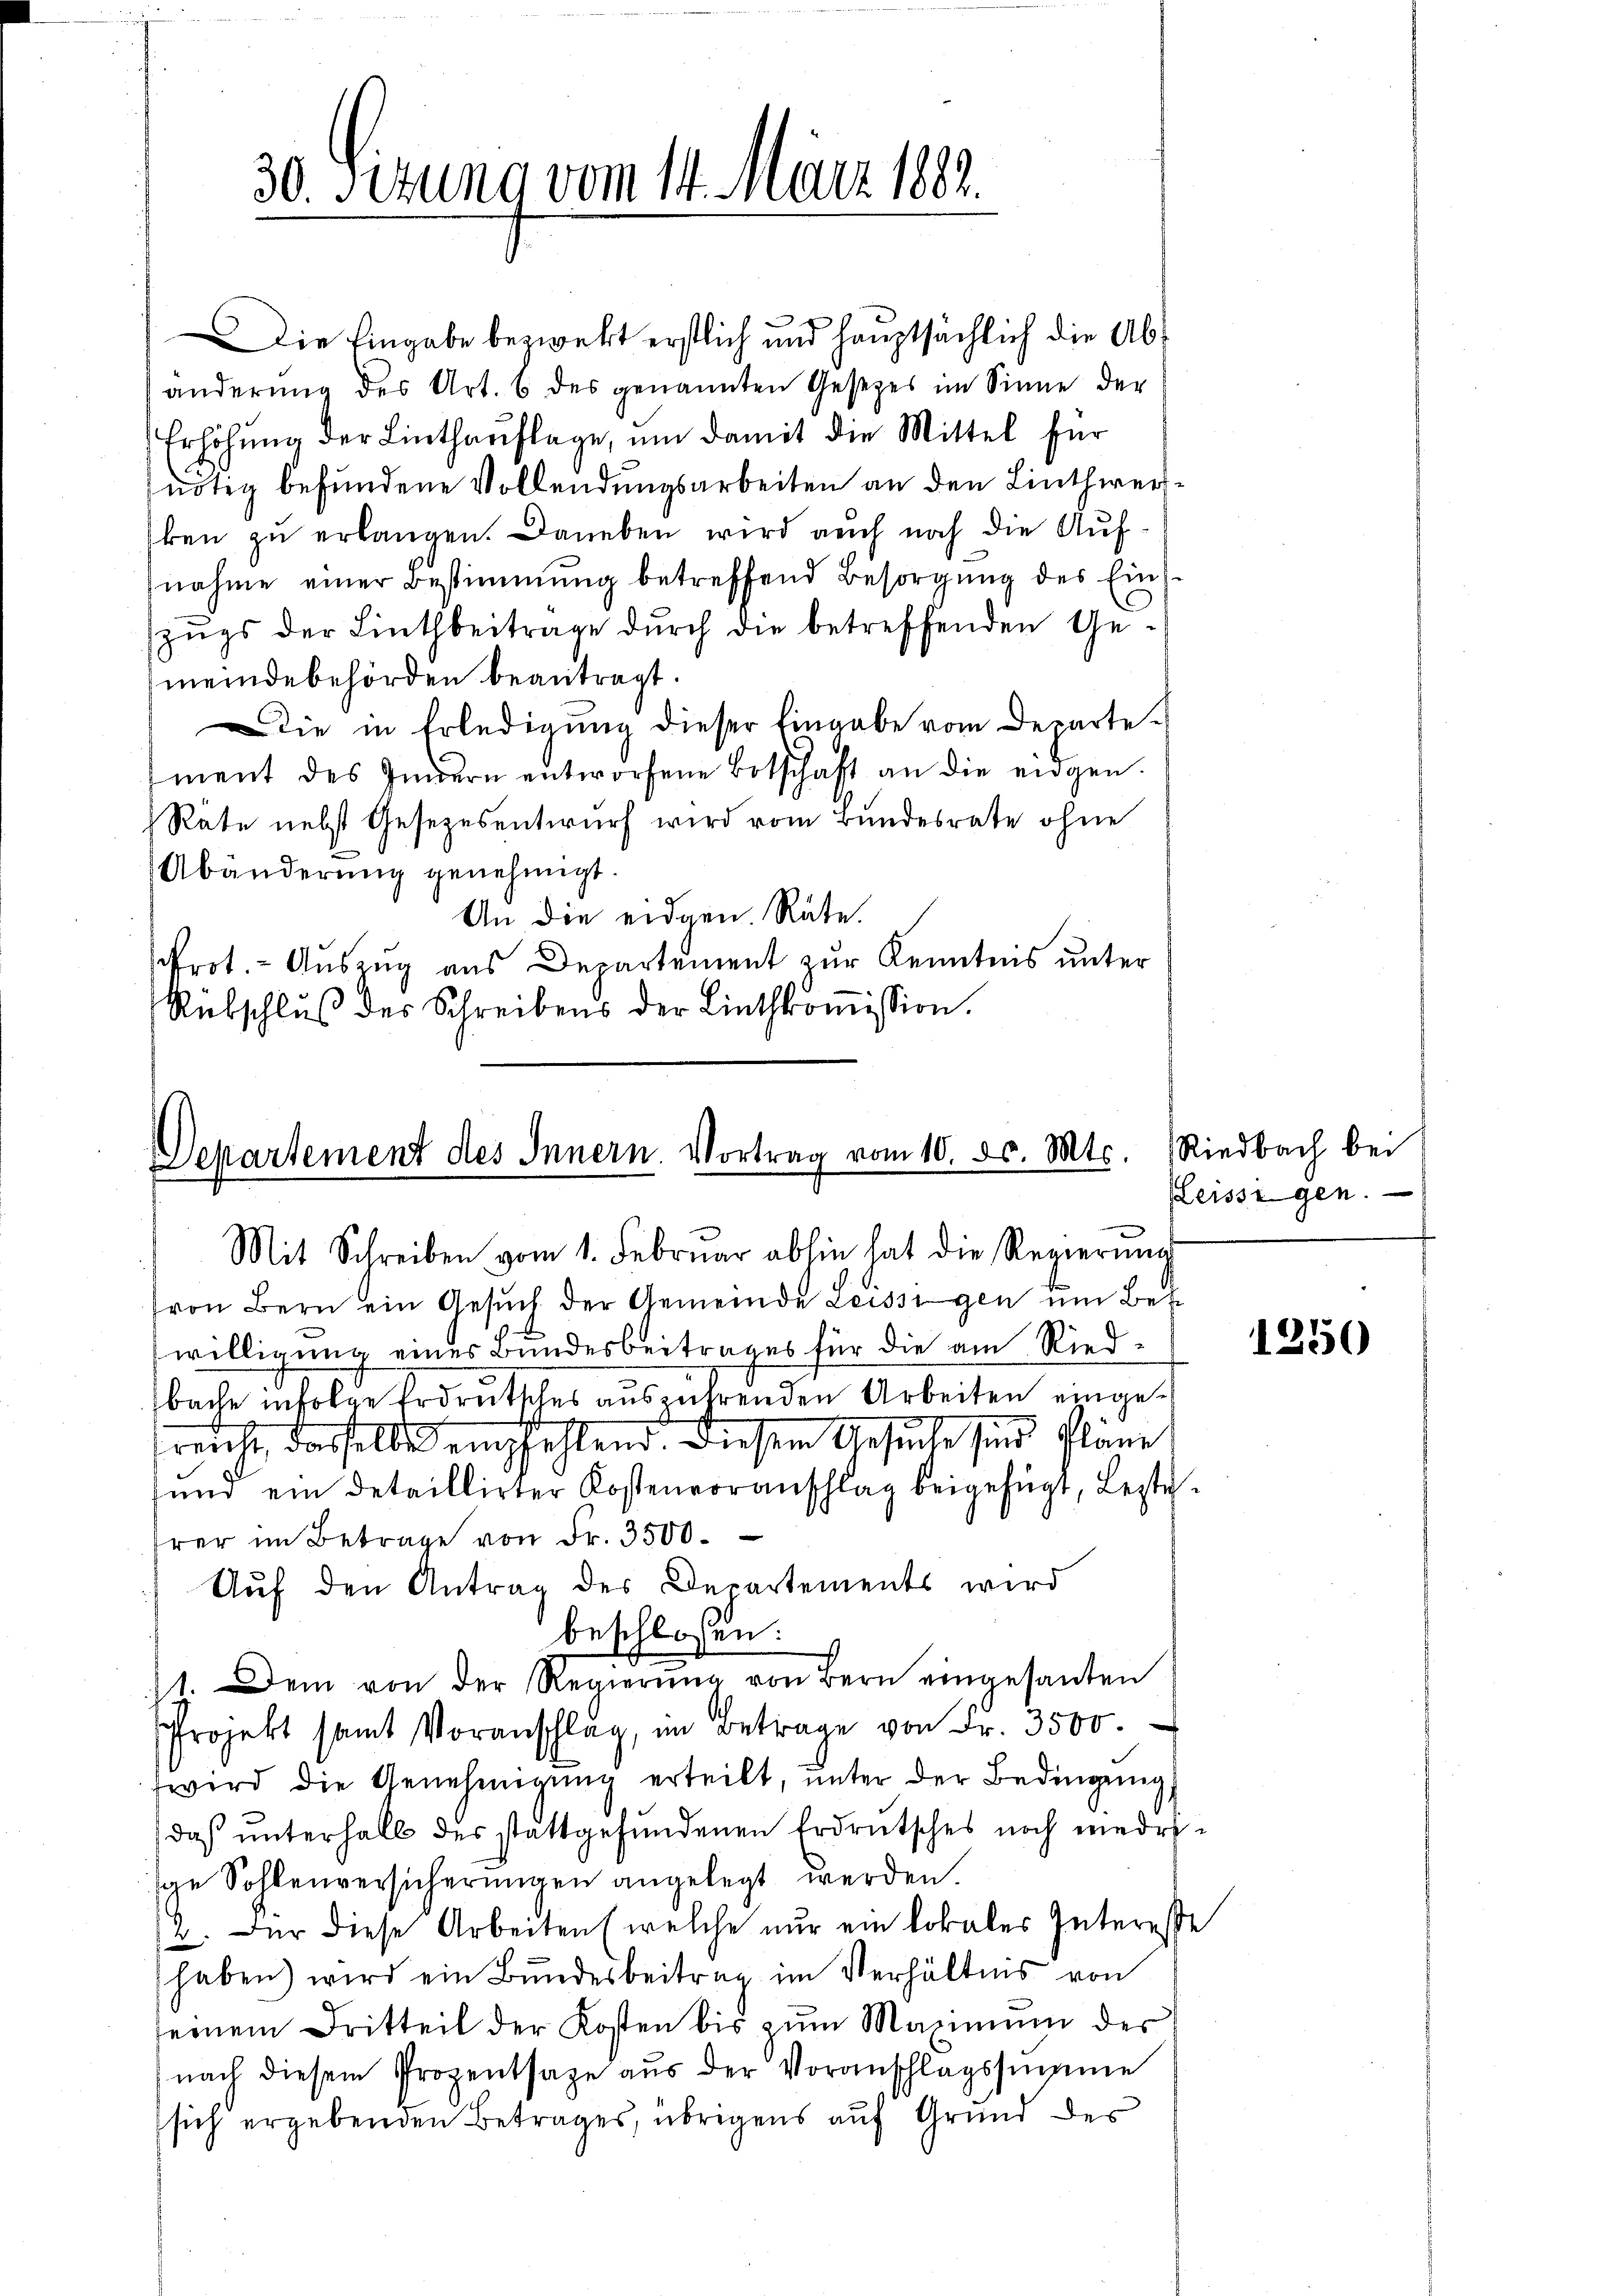
30. Sizung vom 14. März 1882.

Die Eingabe bezwekt erstlich und hauptsächlich die Abänderung des Art. 6 des genannten Gesetzes im Sinne der
Erhöhung der Linthauflage, um damit die Mittel für
nötig befundene Vollendungsarbeiten an den Linthwerken zu erlangen. Daneben wird auch noch die Aufnahme einer Bestimmung betreffend Besorgŭng des Eins
zŭgs der Linthbeitrage dŭrch die betreffenden Ge-
meindebehörden beantragt.
Die in Erledigung dieser Eingabe vom Departe
ment des Indern entworfene Botschaft an die eidgen.
Räte nebst Gesetzesentwurf wird vom Bundesrate ohne
Abänderung genehmigt.
An die eidgen. Räte.
rot - Auszug aus Departement zur Kenntnis unter
Rübschlŭβ des Schreibens der Linthkoṁission.

Departement des Innern. Vortrag vom 10. d. Mts.
Mit Schreiben vom 1. Febrŭar abhin hat die Regierŭng

von Bern ein Gesuch der Gemeinde Leissigen um Betr
willigung eines Bundesbeitrages für die am Riedbache infolge Erdeutsches ausführenden Arbeiten eingeruch, dasselbe empfehlend diesem Gesuche sind Pläne
und ein detaillirter Kostenvoranschlag beigefügt, Lezte
rer im Betrage von Fr. 3500.
Auf den Antrag des Departements wird
beschlossen:
1. Dem von der Regierŭng von Bern eingesanten
Projekt samt Voranschlag, im Betrage von Fr. 3500.
wird die Genehmigŭng erteilt, unter der Bedingung,
daß unterhalb des stattgefundenen Erdrutsches noch wiedrisge Sohlenversicherungen angelegt werden.
2. Der diese Arbeiten (welche nur ein Lokaler Interesse
haben) wird ein Bŭndesbeitrag im Verhältnis von
fernem Dritteil der Kosten bis zŭm Maximum der
nach diesem Prozentsage aŭs der Voranschlagssumme
sich ergebenden Betrages, übrigens auf Grund der

Riedbach bei
Leissigen.

1250